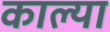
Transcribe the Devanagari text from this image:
काल्या